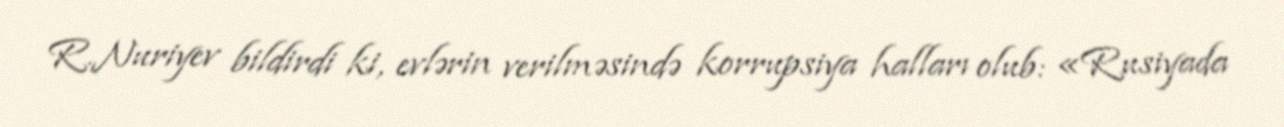
R.Nuriyev bildirdi ki, evlərin verilməsində korrupsiya halları olub: «Rusiyada